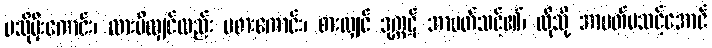
မသိုမှီးကောင်း၊ ထားမိလျှင်လည်း မစားကောင်း၊ စားလျှင် ဒုက္ကဋ် အာပတ်သင့်၏၊ ထိုသို့ အာပတ်မသင့်အောင်